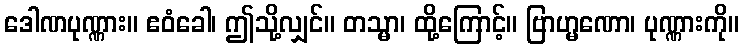
ဒေါဏပုဏ္ဏား။ ဧဝံခေါ၊ ဤသို့လျှင်။ တသ္မာ၊ ထို့ကြောင့်။ ဗြာဟ္မဏော၊ ပုဏ္ဏားကို။